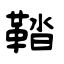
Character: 鞜